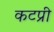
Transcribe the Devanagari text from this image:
कटप्री